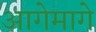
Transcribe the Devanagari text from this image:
आगेमागे